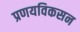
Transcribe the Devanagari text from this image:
प्रणयविकसन